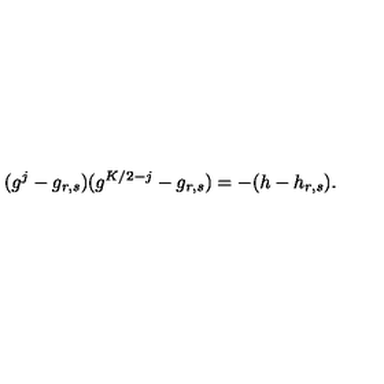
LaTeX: ( g ^ { j } - g _ { r , s } ) ( g ^ { K / 2 - j } - g _ { r , s } ) = - ( h - h _ { r , s } ) { } .